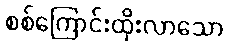
စစ်ကြောင်းထိုးလာသော